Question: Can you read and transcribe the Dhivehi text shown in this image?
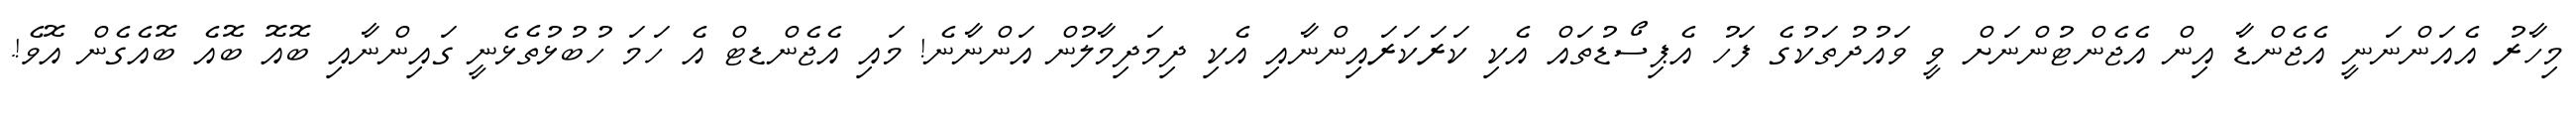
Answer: މިހާރު އެއަންނަނީ އެޖެންޑާ އިން އެޖެންޓުންނަށް ވީ ވައުދުތަކުގެ ފަހު އެޕިސޯޑުތައް އެކި ކަރަކަރައިންނާއި އެކި ދިމަދިމާލުން އަންނާނެ! މައި އެޖެންޑޓް އެ ހަމަ ހުބުޅުތެޅެނީ ގައިންނާއި ބޮއޮ ބޮއެ ބޮއެގެން އޮވެ!.